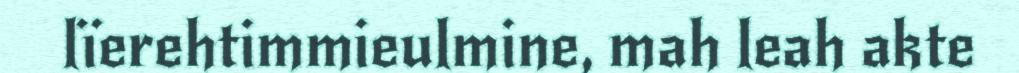
lïerehtimmieulmine, mah leah akte